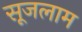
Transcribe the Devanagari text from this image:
सूजलाम